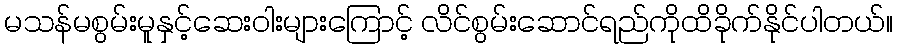
မသန်မစွမ်းမူနှင့်ဆေးဝါးများကြောင့် လိင်စွမ်းဆောင်ရည်ကိုထိခိုက်နိုင်ပါတယ်။